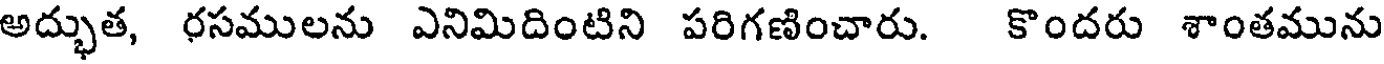
అద్భుత, రసములను ఎనిమిదింటిని పరిగణించారు. కొందరు శాంతమును